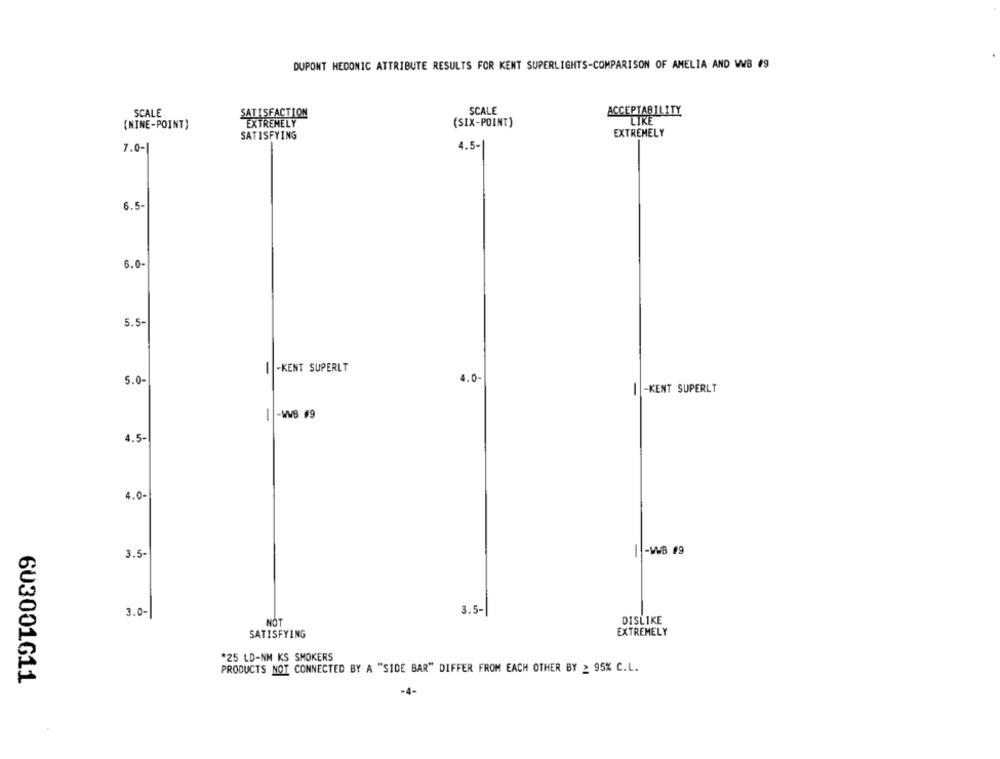
DUPONT HEDONIC ATTRIBUTE RESULTS FOR KENT SUPERLIGHTS-COMPARISON OF AMELIA AND WB #9
SCALE
SATISFACTION
SCALE
ACCEPTABILITY
(NINE-POINT)
EXTREMELY
(SIX-POINT)
SATISFYING
EXTREMELY
7.0-
4.5-
6.5-
6.0-
5.5-
I -KENT SUPERLT
4.0
5.0-
I -KENT SUPERLT
1 -W8 #9
4.5-
4.0-
3.5-
1 -1B #9
3.0-
3.5-
NOT
DISLIKE
SATISFYING
EXTREMELY
*25 LD-NM KS SMOKERS
PRODUCTS NOT CONNECTED BY A "SIDE BAR" DIFFER FROM EACH OTHER BY _ 95% C.L.
603001611
-4-